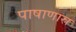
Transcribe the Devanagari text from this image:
पाषाणास्र